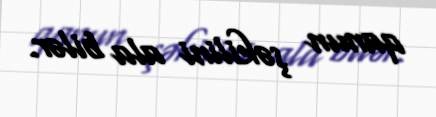
qanun şəkilini ala bilər.